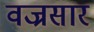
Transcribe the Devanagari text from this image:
वज्रसार